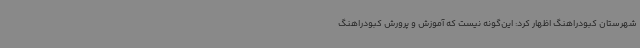
شهرستان کبودراهنگ اظهار کرد: این‌گونه نیست که آموزش و پرورش کبودراهنگ